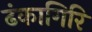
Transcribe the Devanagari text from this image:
ढंकागिरि